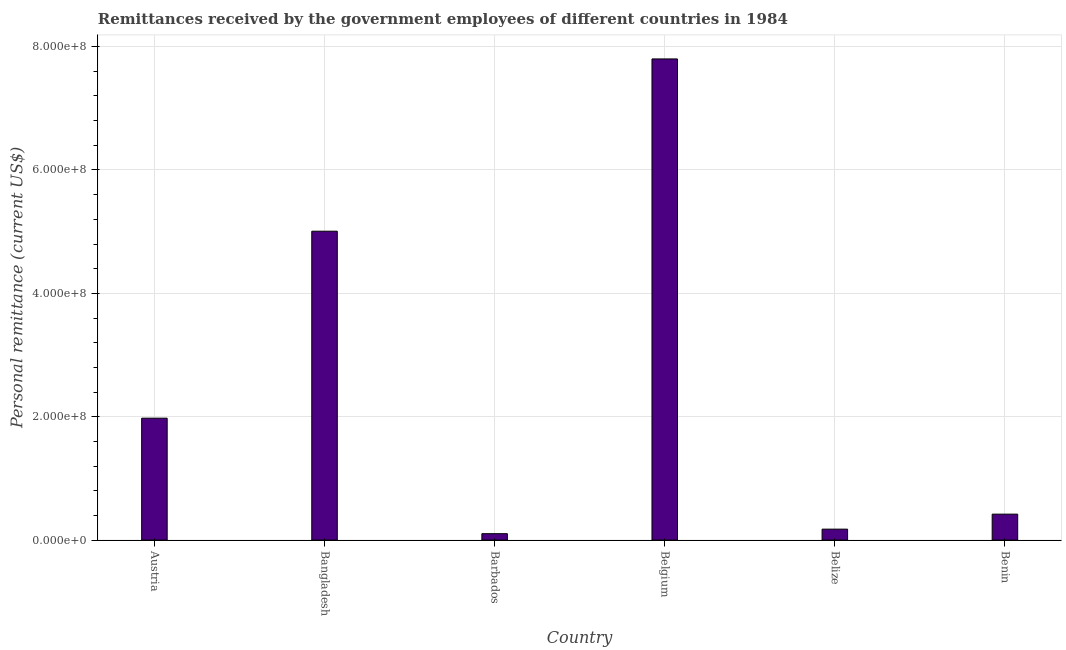
| Country | Personal remittances |
 | --- | --- |
 | Austria | 1.98e+08 |
 | Bangladesh | 5.01e+08 |
 | Barbados | 1.04e+07 |
 | Belgium | 7.8e+08 |
 | Belize | 1.78e+07 |
 | Benin | 4.21e+07 |